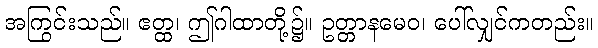
အကြွင်းသည်။ ဧတ္ထ၊ ဤဂါထာတို့၌။ ဥတ္တာနမေဝ၊ ပေါ်လျှင်ကတည်း။